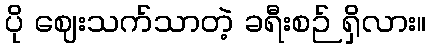
ပို ဈေးသက်သာတဲ့ ခရီးစဉ် ရှိလား။